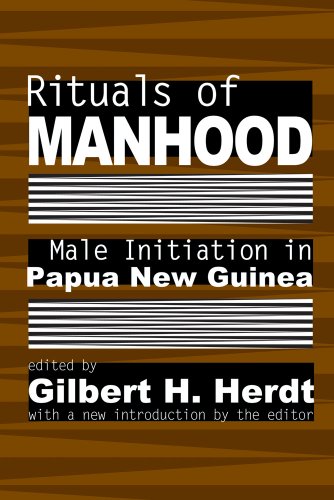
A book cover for Rituals of Manhood; Medical Books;